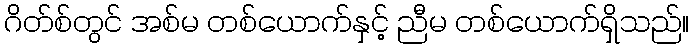
ဂိတ်စ်တွင် အစ်မ တစ်ယောက်နှင့် ညီမ တစ်ယောက်ရှိသည်။